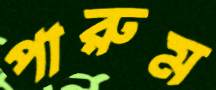
পারুম